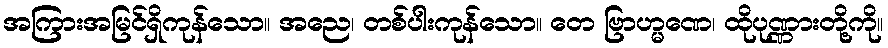
အကြားအမြင်ရှိကုန်သော။ အညေ၊ တစ်ပါးကုန်သော။ တေ ဗြာဟ္မဏေ၊ ထိုပုဏ္ဏားတို့ကို။